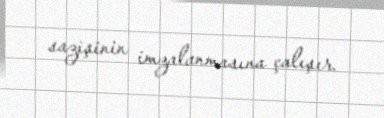
sazişinin imzalanmasına çalışır.